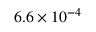
6 . 6 \times 1 0 ^ { - 4 }